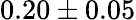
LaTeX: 0.20\pm{}0.05